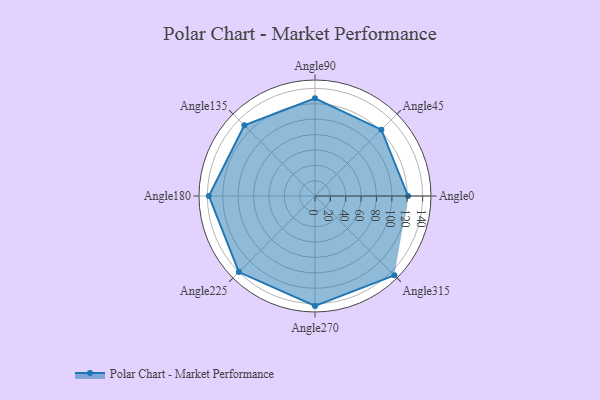
{"axis": {"x": "Angle", "y": "Radius"}, "legend": [""], "data": [{"x": "Angle0", "y": 121.0, "type": ""}, {"x": "Angle45", "y": 122.0, "type": ""}, {"x": "Angle90", "y": 127.0, "type": ""}, {"x": "Angle135", "y": 130.0, "type": ""}, {"x": "Angle180", "y": 138.0, "type": ""}, {"x": "Angle225", "y": 140.0, "type": ""}, {"x": "Angle270", "y": 143.0, "type": ""}, {"x": "Angle315", "y": 146.0, "type": ""}]}